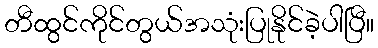
တီထွင်ကိုင်တွယ်အသုံးပြုနိုင်ခဲ့ပါပြီ။